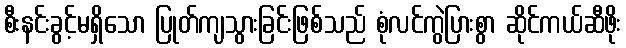
စီးနင်းခွင့်မရှိသော ပြုတ်ကျသွားခြင်းဖြစ်သည် စုံလင်ကွဲပြားစွာ ဆိုင်ကယ်ဆီဖိုး